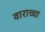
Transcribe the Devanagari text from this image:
वाराच्चा